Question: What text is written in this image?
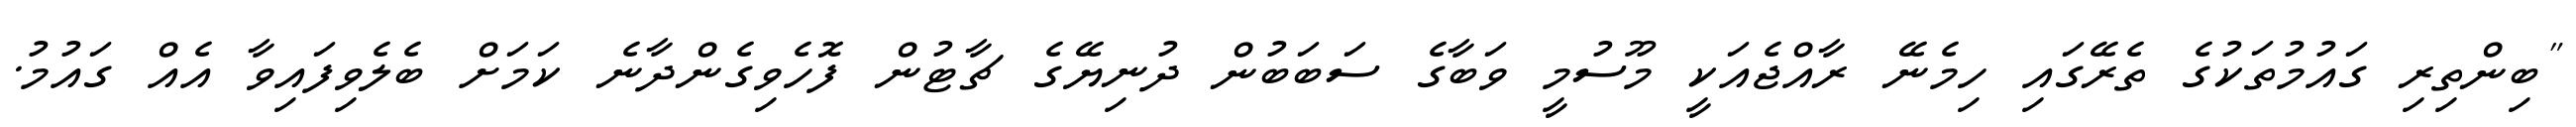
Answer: "ބިންތިރި ގައުމުތަކުގެ ތެރޭގައި ހިމެނޭ ރާއްޖެއަކީ މޫސުމީ ވަބާގެ ސަބަބުން ދުނިޔޭގެ ޗާޓުން ފޮހެވިގެންދާނެ ކަމަށް ބެލެވިފައިވާ އެއް ގައުމު.